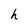
Character: h